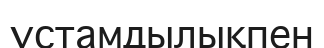
ұстамдылықпен